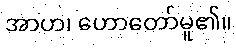
အာဟ၊ ဟောတော်မူ၏။